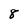
Character: 8